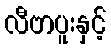
လီဗာပူးနှင့်